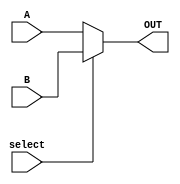
module MUX(
    input [31:0] A,
    input [31:0] B,
    input select,
    output reg [31:0] OUT
    );
       
    always @(*) begin
        if (select == 0 )
            OUT = A;
        else
            OUT = B;
    end
endmodule

module MUX2(
    input [31:0] A,
    input [31:0] B,
    input [31:0] C,
    input [31:0] D,
    input [1:0] select,
    output reg [31:0] OUT
    );
       
    always @(*) begin
        if (select == 2'd0 )
            OUT = A;
        else if(select == 2'd1)
            OUT = B;
        else if(select == 2'd2)
            OUT = C;
        else if(select == 2'd3)
            OUT = D;
    end
endmodule

module MUX5bit(
    input [4:0] A,
    input [4:0] B,
    input select,
    output reg [4:0] OUT
    );
       
    always @(*) begin
        if (select == 1'd0 )
            OUT = A;
        else
            OUT = B;
    end
endmodule